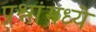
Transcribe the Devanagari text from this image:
प्रश्नांमध्ये